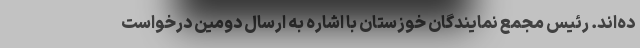
ده‌اند. رئیس مجمع نمایندگان خوزستان با اشاره به ارسال دومین درخواست